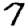
Digit: 7